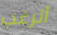
أترغب